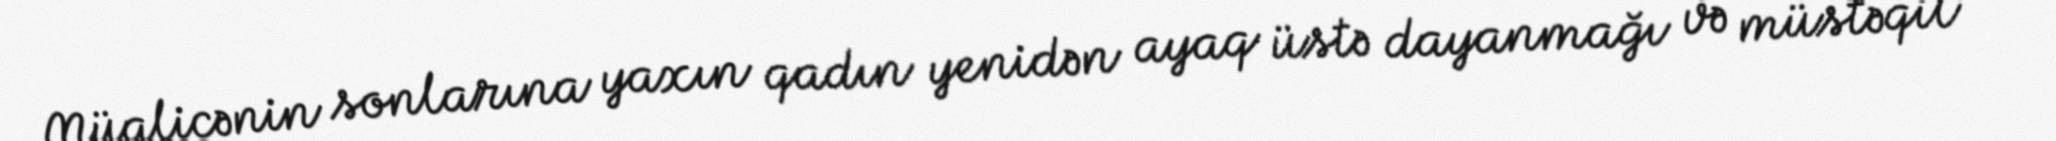
Müalicənin sonlarına yaxın qadın yenidən ayaq üstə dayanmağı və müstəqil